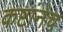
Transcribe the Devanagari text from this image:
कष्टांनेच